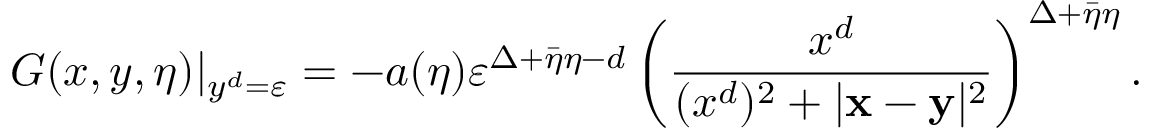
G ( x , y , \eta ) | _ { y ^ { d } = \varepsilon } = - a ( \eta ) \varepsilon ^ { \Delta + \bar { \eta } \eta - d } \left( \frac { x ^ { d } } { ( x ^ { d } ) ^ { 2 } + | \mathbf { x - y } | ^ { 2 } } \right) ^ { \Delta + \bar { \eta } \eta } .